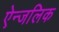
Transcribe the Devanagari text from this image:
ऐन्जलिक